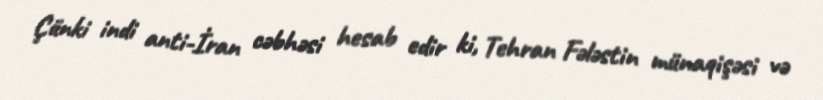
Çünki indi anti-İran cəbhəsi hesab edir ki, Tehran Fələstin münaqişəsi və